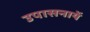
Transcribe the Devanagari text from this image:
उपासनायें